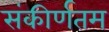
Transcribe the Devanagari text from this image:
संकीर्णतम